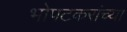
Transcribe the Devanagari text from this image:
भोपटकरांच्या